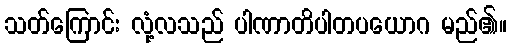
သတ်ကြောင်း လုံ့လသည် ပါဏာတိပါတပယောဂ မည်၏။